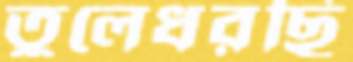
তুলেধরছি